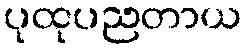
ပုထုပညတာယ